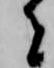
者